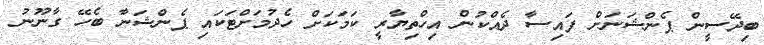
ބިދޭސީން ޕެންޝަނަށް ފައިސާ ދެއްކުން އިހްތިޔާރީ ކަމަކަށް ހެދުމަށްޓަކައި ޕެންޝަނާ ބެހޭ ގާނޫނު